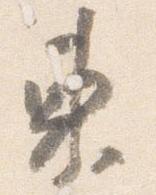
東